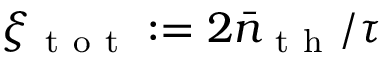
\xi _ { \mathrm { ~ t ~ o ~ t ~ } } : = 2 \bar { n } _ { \mathrm { ~ t ~ h ~ } } / \tau